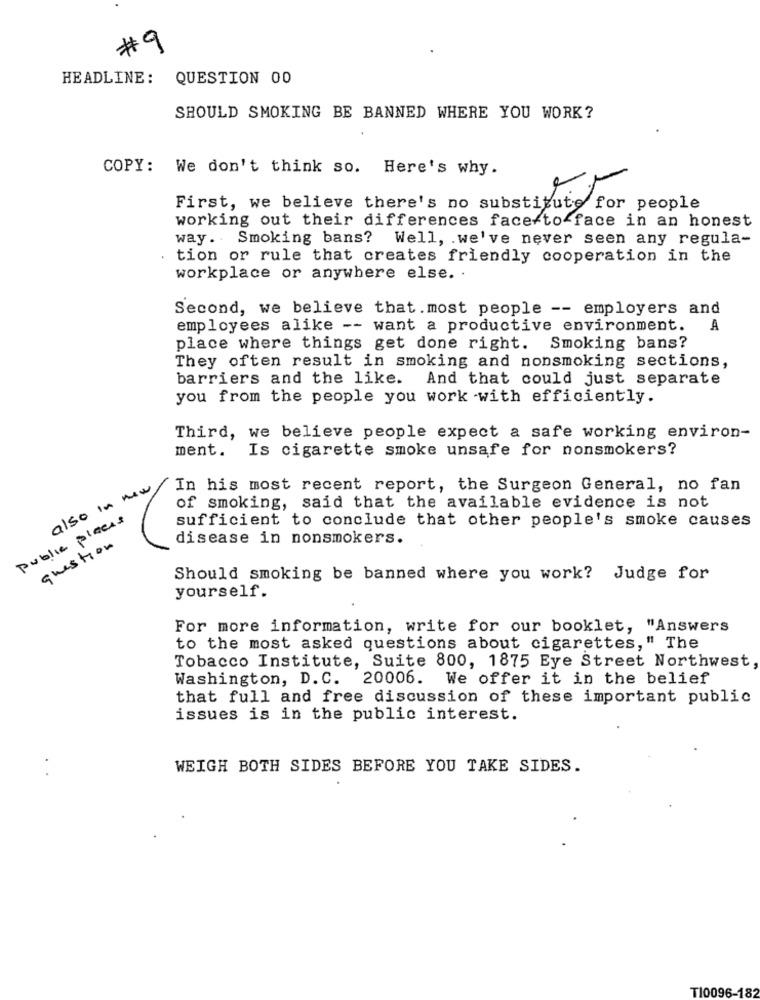
#9
HEADLINE:
QUESTION 00
SHOULD SMOKING BE BANNED WHERE YOU WORK?
COPY: We don't think so. Here's why.
First, we believe there's no substitute for people
working out their differences face-to-face in an honest
way.Smoking bans? Well, we've never seen any regula-
tion or rule that creates friendly cooperation in the
workplace or anywhere else. .
Second, we believe that. most people -- employers and
employees alike -- want a productive environment. A
place where things get done right. Smoking bans?
They often result in smoking and nonsmoking sections,
barriers and the like. And that could just separate
you from the people you work with efficiently.
Third, we believe people expect a safe working environ-
ment. Is cigarette smoke unsafe for nonsmokers?
also in new
In his most recent report, the Surgeon General, no fan
of smoking, said that the available evidence is not
public places
sufficient to conclude that other people's smoke causes
disease in nonsmokers.
question
Should smoking be banned where you work? Judge for
yourself.
For more information, write for our booklet, "Answers
to the most asked questions about cigarettes," The
Tobacco Institute, Suite 800, 1875 Eye Street Northwest
Washington, D.C. 20006. We offer it in the belief
that full and free discussion of these important public
issues is in the public interest.
.
WEIGH BOTH SIDES BEFORE YOU TAKE SIDES.
T10096-182